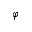
\varphi